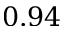
0 . 9 4